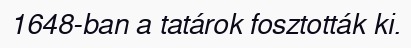
1648-ban a tatárok fosztották ki.